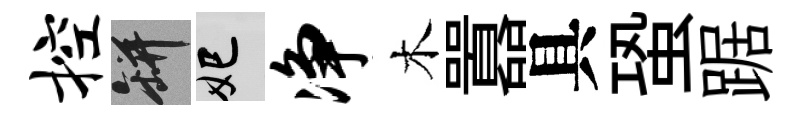
控瓶妃净木囂具蛩踞